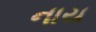
નાય